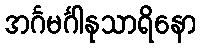
အင်္ဂမင်္ဂါနုသာရိနော